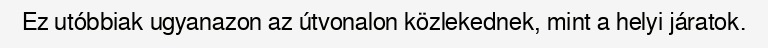
Ez utóbbiak ugyanazon az útvonalon közlekednek, mint a helyi járatok.